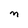
Character: M